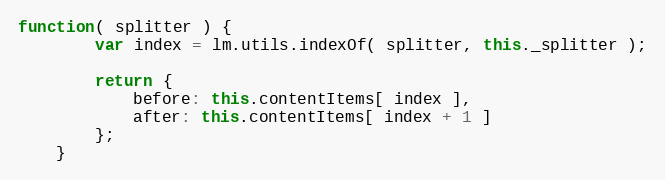
Language: JavaScript
function( splitter ) {
		var index = lm.utils.indexOf( splitter, this._splitter );

		return {
			before: this.contentItems[ index ],
			after: this.contentItems[ index + 1 ]
		};
	}